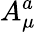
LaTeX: A_{\mu}^{a}